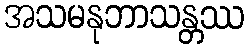
အသမနုဘာသန္တဿ